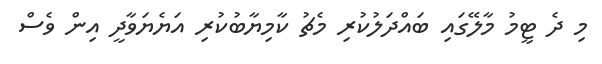
މި ދެ ޓީމު މާލޭގައި ބައްދަލުކުރި މެޗު ކާމިޔާބުކުރި އަޔެޔަވާދީ އިން ވެސް